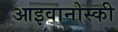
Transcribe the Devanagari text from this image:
आइवानोस्की